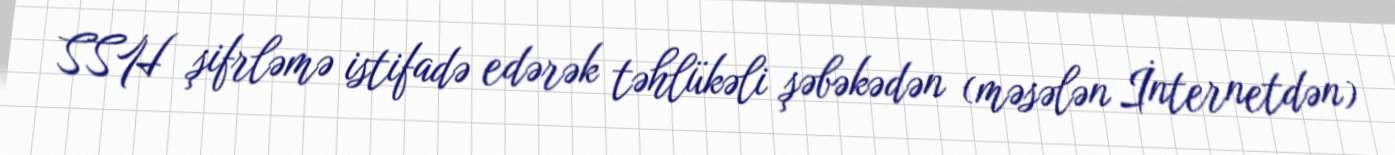
SSH şifrləmə istifadə edərək təhlükəli şəbəkədən (məsələn İnternetdən)